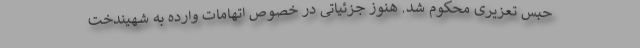
حبس تعزیری محکوم شد. هنوز جزئیاتی در خصوص اتهامات وارده به شهیندخت